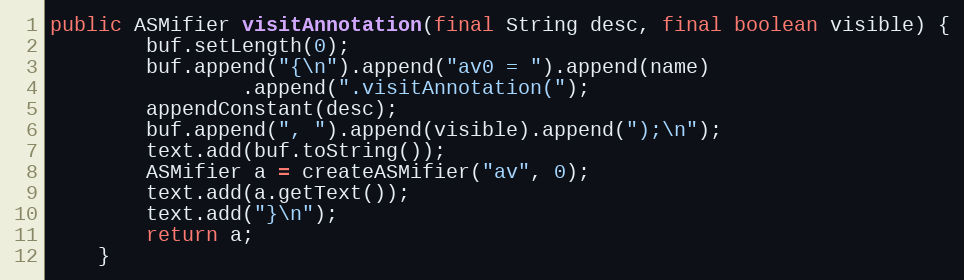
Language: Java
public ASMifier visitAnnotation(final String desc, final boolean visible) {
        buf.setLength(0);
        buf.append("{\n").append("av0 = ").append(name)
                .append(".visitAnnotation(");
        appendConstant(desc);
        buf.append(", ").append(visible).append(");\n");
        text.add(buf.toString());
        ASMifier a = createASMifier("av", 0);
        text.add(a.getText());
        text.add("}\n");
        return a;
    }